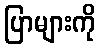
ပြာများကို